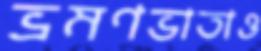
ভ্রমণভাতাও